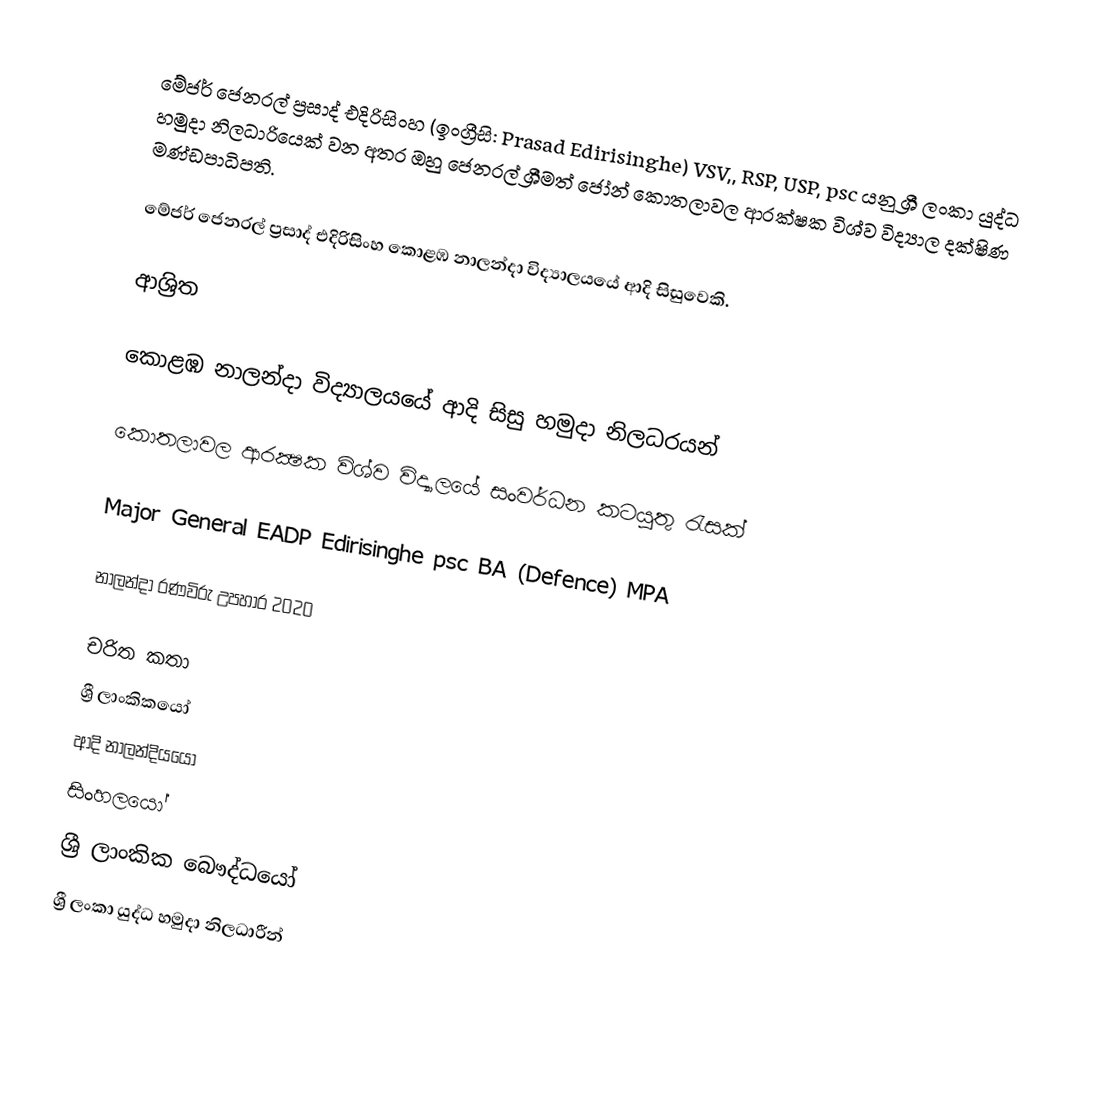
මේජර් ජෙනරල් ප්‍රසාද් එදිරිසිංහ (ඉංග්‍රීසි: Prasad Edirisinghe)  VSV,, RSP, USP, psc යනු  ශ්‍රී ලංකා යුද්ධ හමුදා නිලධාරියෙක් වන අතර ඔහු ජෙනරල් ශ්‍රීමත් ජෝන් කොතලාවල ආරක්ෂක විශ්ව විද්‍යාල දක්ෂිණ මණ්ඩපාධිපති.

මේජර් ජෙනරල් ප්‍රසාද් එදිරිසිංහ කොළඹ නාලන්දා විද්‍යාලයයේ ආදි සිසුවෙකි.

ආශ්‍රිත

 කොළඹ නාලන්දා විද්‍යාලයයේ ආදි සිසු හමුදා නිලධරයන්

 කොතලාවල ආරක්‍ෂක විශ්ව විද්‍යාලයේ සංවර්ධන කටයුතු රැසක්

 Major General EADP Edirisinghe psc BA (Defence) MPA

 නාලන්දා රණවිරු උපහාර 2020

චරිත කතා
ශ්‍රී ලාංකිකයෝ
ආදි නාලන්දියයෝ
සිංහලයෝ
ශ්‍රී ලාංකික බෞද්ධයෝ
ශ්‍රී ලංකා යුද්ධ හමුදා නිලධාරීන්